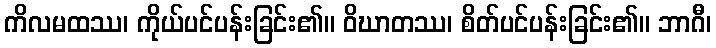
ကိလမထဿ၊ ကိုယ်ပင်ပန်းခြင်း၏။ ဝိဃာတဿ၊ စိတ်ပင်ပန်းခြင်း၏။ ဘာဂီ၊